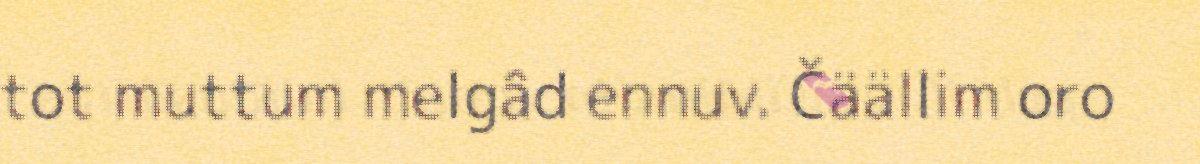
tot muttum melgâd ennuv. Čäällim oro